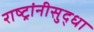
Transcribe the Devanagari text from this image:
राष्ट्रांनीसुद्धा